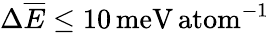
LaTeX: \Delta\overline{{E}}\leq 10\, \mathrm{meV\, atom}^{-1}